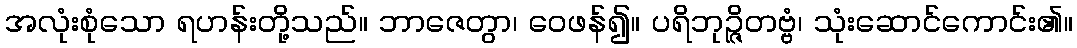
အလုံးစုံသော ရဟန်းတို့သည်။ ဘာဇေတွာ၊ ဝေဖန်၍။ ပရိဘုဉ္ဇိတဗ္ဗံ၊ သုံးဆောင်ကောင်း၏။